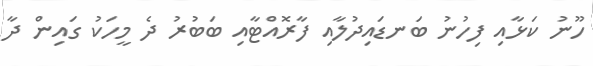
ހޫނު ކަޅާއި ފިހުނު ބަނޑައިދުލާއި ފާރޮއްޓާއި ބަބުރު ދެ މީހަކު ގައިން ދާ